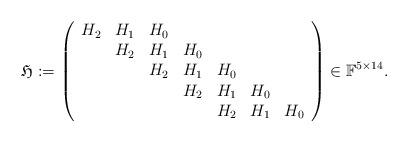
LaTeX: \begin{align*}\mathfrak{H}:=\left(\begin{array}{ccccccc}H_{2} & H_1 & H_0 & & & & \\& H_2 & H_1 & H_0 & & & \\& & H_2 & H_1 & H_0 & &\\& & & H_2 & H_1 & H_0 & \\& & & & H_2 & H_1 & H_0\end{array}\right) \in\mathbb F^{5\times 14}.\end{align*}